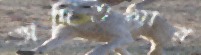
ভাদিতলার